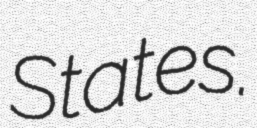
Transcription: States.